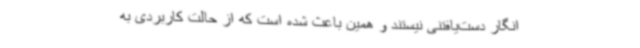
انگار دست‌یافتنی نیستند و همین باعث شده است که از حالت کاربردی به